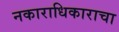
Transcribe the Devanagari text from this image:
नकाराधिकाराचा